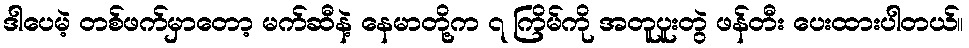
ဒါပေမဲ့ တစ်ဖက်မှာတော့ မက်ဆီနဲ့ နေမာတို့က ၇ ကြိမ်ကို အတူပူးတွဲ ဖန်တီး ပေးထားပါတယ်။